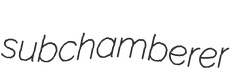
subchamberer